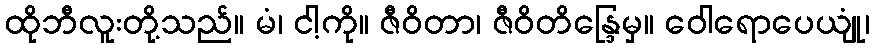
ထိုဘီလူးတို့သည်။ မံ၊ ငါ့ကို။ ဇီဝိတာ၊ ဇီဝိတိန္ဒြေမှ။ ဝေါရောပေယျုံ၊